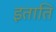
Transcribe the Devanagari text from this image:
इताति